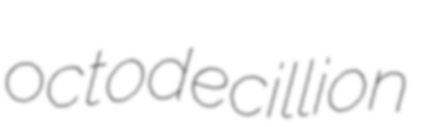
octodecillion